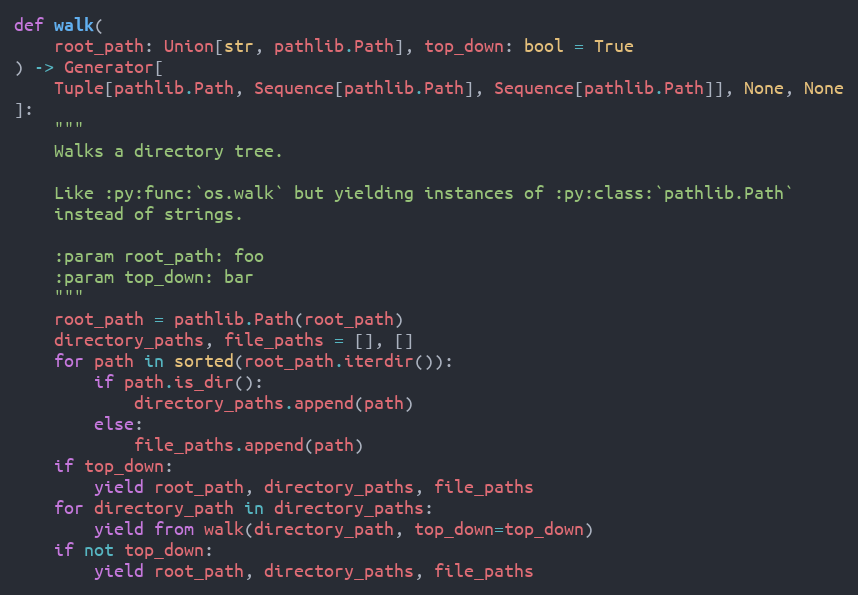
Language: Python
def walk(
    root_path: Union[str, pathlib.Path], top_down: bool = True
) -> Generator[
    Tuple[pathlib.Path, Sequence[pathlib.Path], Sequence[pathlib.Path]], None, None
]:
    """
    Walks a directory tree.

    Like :py:func:`os.walk` but yielding instances of :py:class:`pathlib.Path`
    instead of strings.

    :param root_path: foo
    :param top_down: bar
    """
    root_path = pathlib.Path(root_path)
    directory_paths, file_paths = [], []
    for path in sorted(root_path.iterdir()):
        if path.is_dir():
            directory_paths.append(path)
        else:
            file_paths.append(path)
    if top_down:
        yield root_path, directory_paths, file_paths
    for directory_path in directory_paths:
        yield from walk(directory_path, top_down=top_down)
    if not top_down:
        yield root_path, directory_paths, file_paths